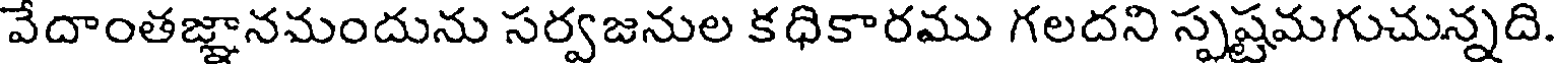
వేదాంతజ్ఞానమందును సర్వజనుల కధికారము గలదని స్పష్టమగుచున్నది.